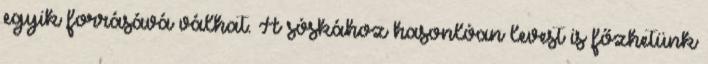
egyik forrásává válhat. A sóskához hasonlóan levest is főzhetünk